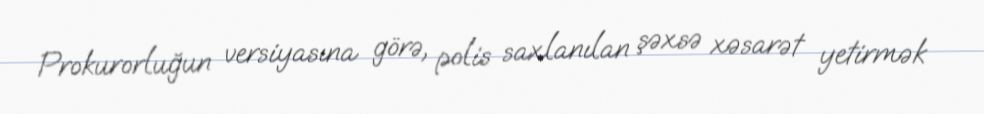
Prokurorluğun versiyasına görə, polis saxlanılan şəxsə xəsarət yetirmək